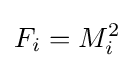
F_{i}=M_{i}^{2}